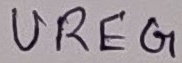
Text: UREG